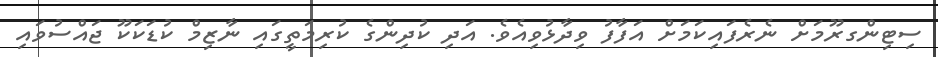
ސިޓިންގރޫމަށް ނެެރެފައިކަމަށް އަފާފު ވިދާޅުވިއެވެ. އަދި ކުދިންގެ ކުރިމަތީގައި ނާޒިމް ކުޑަކަކޫ ޖައްސުވައި